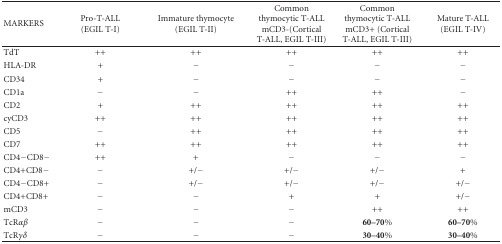
<table><thead><tr><td><b>MARKERS</b></td><td><b>Pro-T-ALL (EGIL T-I)</b></td><td><b>Immature thymocyte (EGIL T-II)</b></td><td><b>Common thymocytic T-ALL mCD3-(Cortical T-ALL, EGIL T-III)</b></td><td><b>Common thymocytic T-ALL mCD3+ (Cortical T-ALL, EGIL T-III)</b></td><td><b>Mature T-ALL (EGIL T-IV)</b></td></tr></thead><tbody><tr><td>TdT</td><td>++</td><td>++</td><td>++</td><td>++</td><td>++</td></tr><tr><td>HLA-DR</td><td>+</td><td>−</td><td>−</td><td>−</td><td>−</td></tr><tr><td>CD34</td><td>+</td><td>−</td><td>−</td><td>−</td><td>−</td></tr><tr><td>CD1a</td><td>−</td><td>−</td><td>++</td><td>++</td><td>−</td></tr><tr><td>CD2</td><td>+</td><td>++</td><td>++</td><td>++</td><td>++</td></tr><tr><td>cyCD3</td><td>++</td><td>++</td><td>++</td><td>++</td><td>++</td></tr><tr><td>CD5</td><td>−</td><td>++</td><td>++</td><td>++</td><td>++</td></tr><tr><td>CD7</td><td>++</td><td>++</td><td>++</td><td>++</td><td>++</td></tr><tr><td>CD4−CD8−</td><td>++</td><td>+</td><td>−</td><td>−</td><td>−</td></tr><tr><td>CD4+CD8−</td><td>−</td><td>+/−</td><td>+/−</td><td>+/−</td><td>+</td></tr><tr><td>CD4−CD8+</td><td>−</td><td>+/−</td><td>+/−</td><td>+/−</td><td>+/−</td></tr><tr><td>CD4+CD8+</td><td>−</td><td>−</td><td>+</td><td>+</td><td>+/−</td></tr><tr><td>mCD3</td><td>−</td><td>−</td><td>−</td><td>++</td><td>++</td></tr><tr><td>TcR<i>αβ</i></td><td>−</td><td>−</td><td>−</td><td><b>60–70%</b></td><td><b>60–70%</b></td></tr><tr><td>TcR<i>γδ</i></td><td>−</td><td>−</td><td>−</td><td><b>30–40%</b></td><td><b>30–40%</b></td></tr></tbody></table>